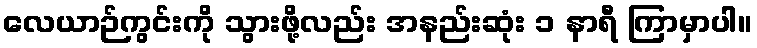
လေယာဉ်ကွင်းကို သွားဖို့လည်း အနည်းဆုံး ၁ နာရီ ကြာမှာပါ။